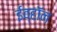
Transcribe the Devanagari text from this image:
ईव्हॉन